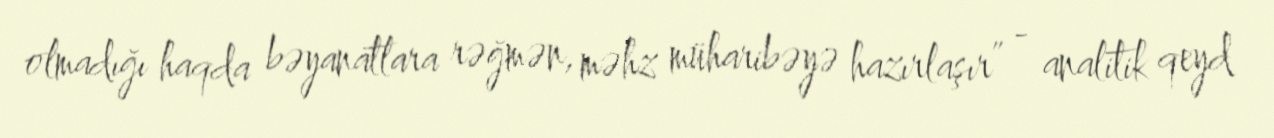
olmadığı haqda bəyanatlara rəğmən, məhz müharibəyə hazırlaşır” - analitik qeyd